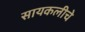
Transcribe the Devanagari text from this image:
सायकलीचे